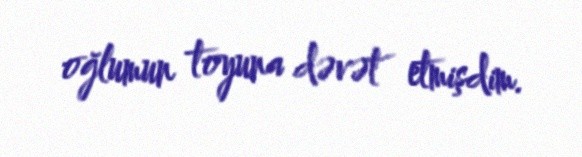
oğlumun toyuna dəvət etmişdim.